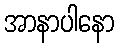
အာနာပါနော